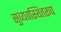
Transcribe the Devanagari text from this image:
सुव्यवस्थितरूप